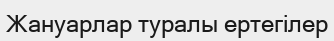
Жануарлар туралы ертегілер